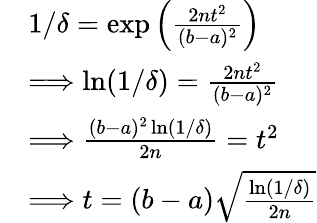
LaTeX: \begin{array}{rl}&{1/\delta=\exp\left({\frac{2nt^{2}}{(b-a)^{2}}}\right)}\\ &{\Longrightarrow\ln(1/\delta)={\frac{2nt^{2}}{(b-a)^{2}}}}\\ &{\Longrightarrow\frac{(b-a)^{2}\ln(1/\delta)}{2n}=t^{2}}\\ &{\Longrightarrow t=(b-a)\sqrt{\frac{\ln(1/\delta)}{2n}}}\end{array}